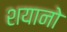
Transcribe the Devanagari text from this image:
शयानो